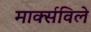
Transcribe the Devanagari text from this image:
मार्क्सविले